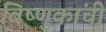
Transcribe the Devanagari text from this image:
विष्णुकांची